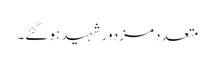
متعدد مزدور شہید ہو گئے۔